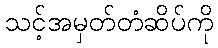
သင့်အမှတ်တံဆိပ်ကို